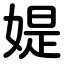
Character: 媞